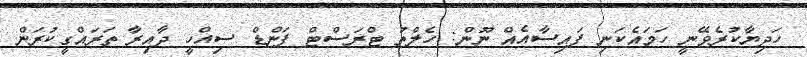
ހަދިޔާކުރެވޭނީ ހަމައެކަނި ފައިސާއެއް ނޫން: ހެލްތު ޓްރަސްޓް ފަންޑް ސިއްހީ ދާއިރާ ތަރައްގީކުރަން